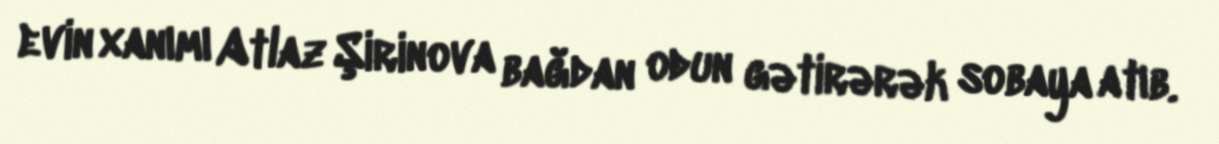
evin xanımı Atlaz Şirinova bağdan odun gətirərək sobaya atıb.